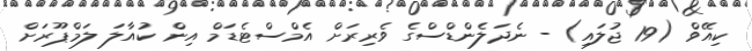
ކިއޭވް (19 ޖުލައި) - ނެދަލެންޑްސްގެ ވެރިރަށް އެމްސްޓެޑަމް އިން ކުއާލަ ލަމްޕޫރަށް